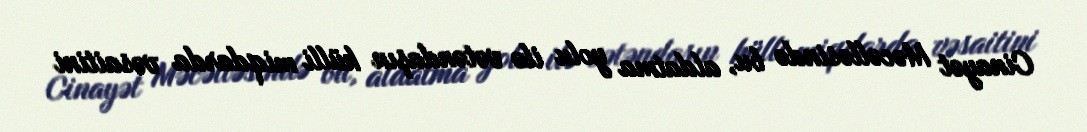
Cinayət Məcəlləsində bu, aldatma yolu ilə vətəndaşın külli miqdarda vəsaitini